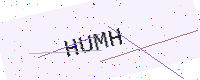
Text: HUMH